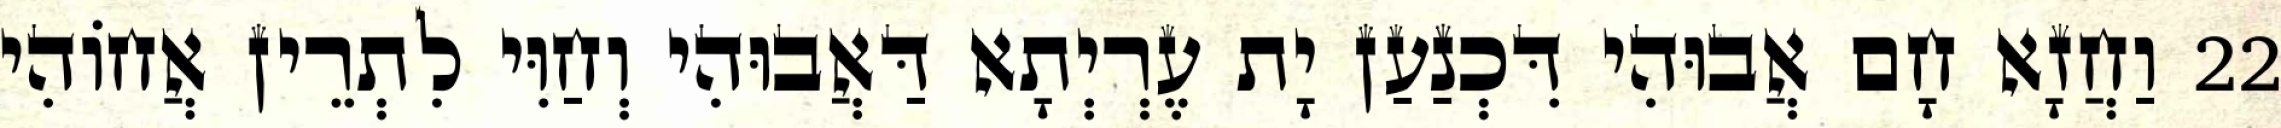
22 וַחֲזָא חָם אֲבוּהִי דִּכְנַעַן יָת עֶרְיְתָא דַּאֲבוּהִי וְחַוִּי לִתְרֵין אֲחוֹהִי